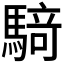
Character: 𮪍